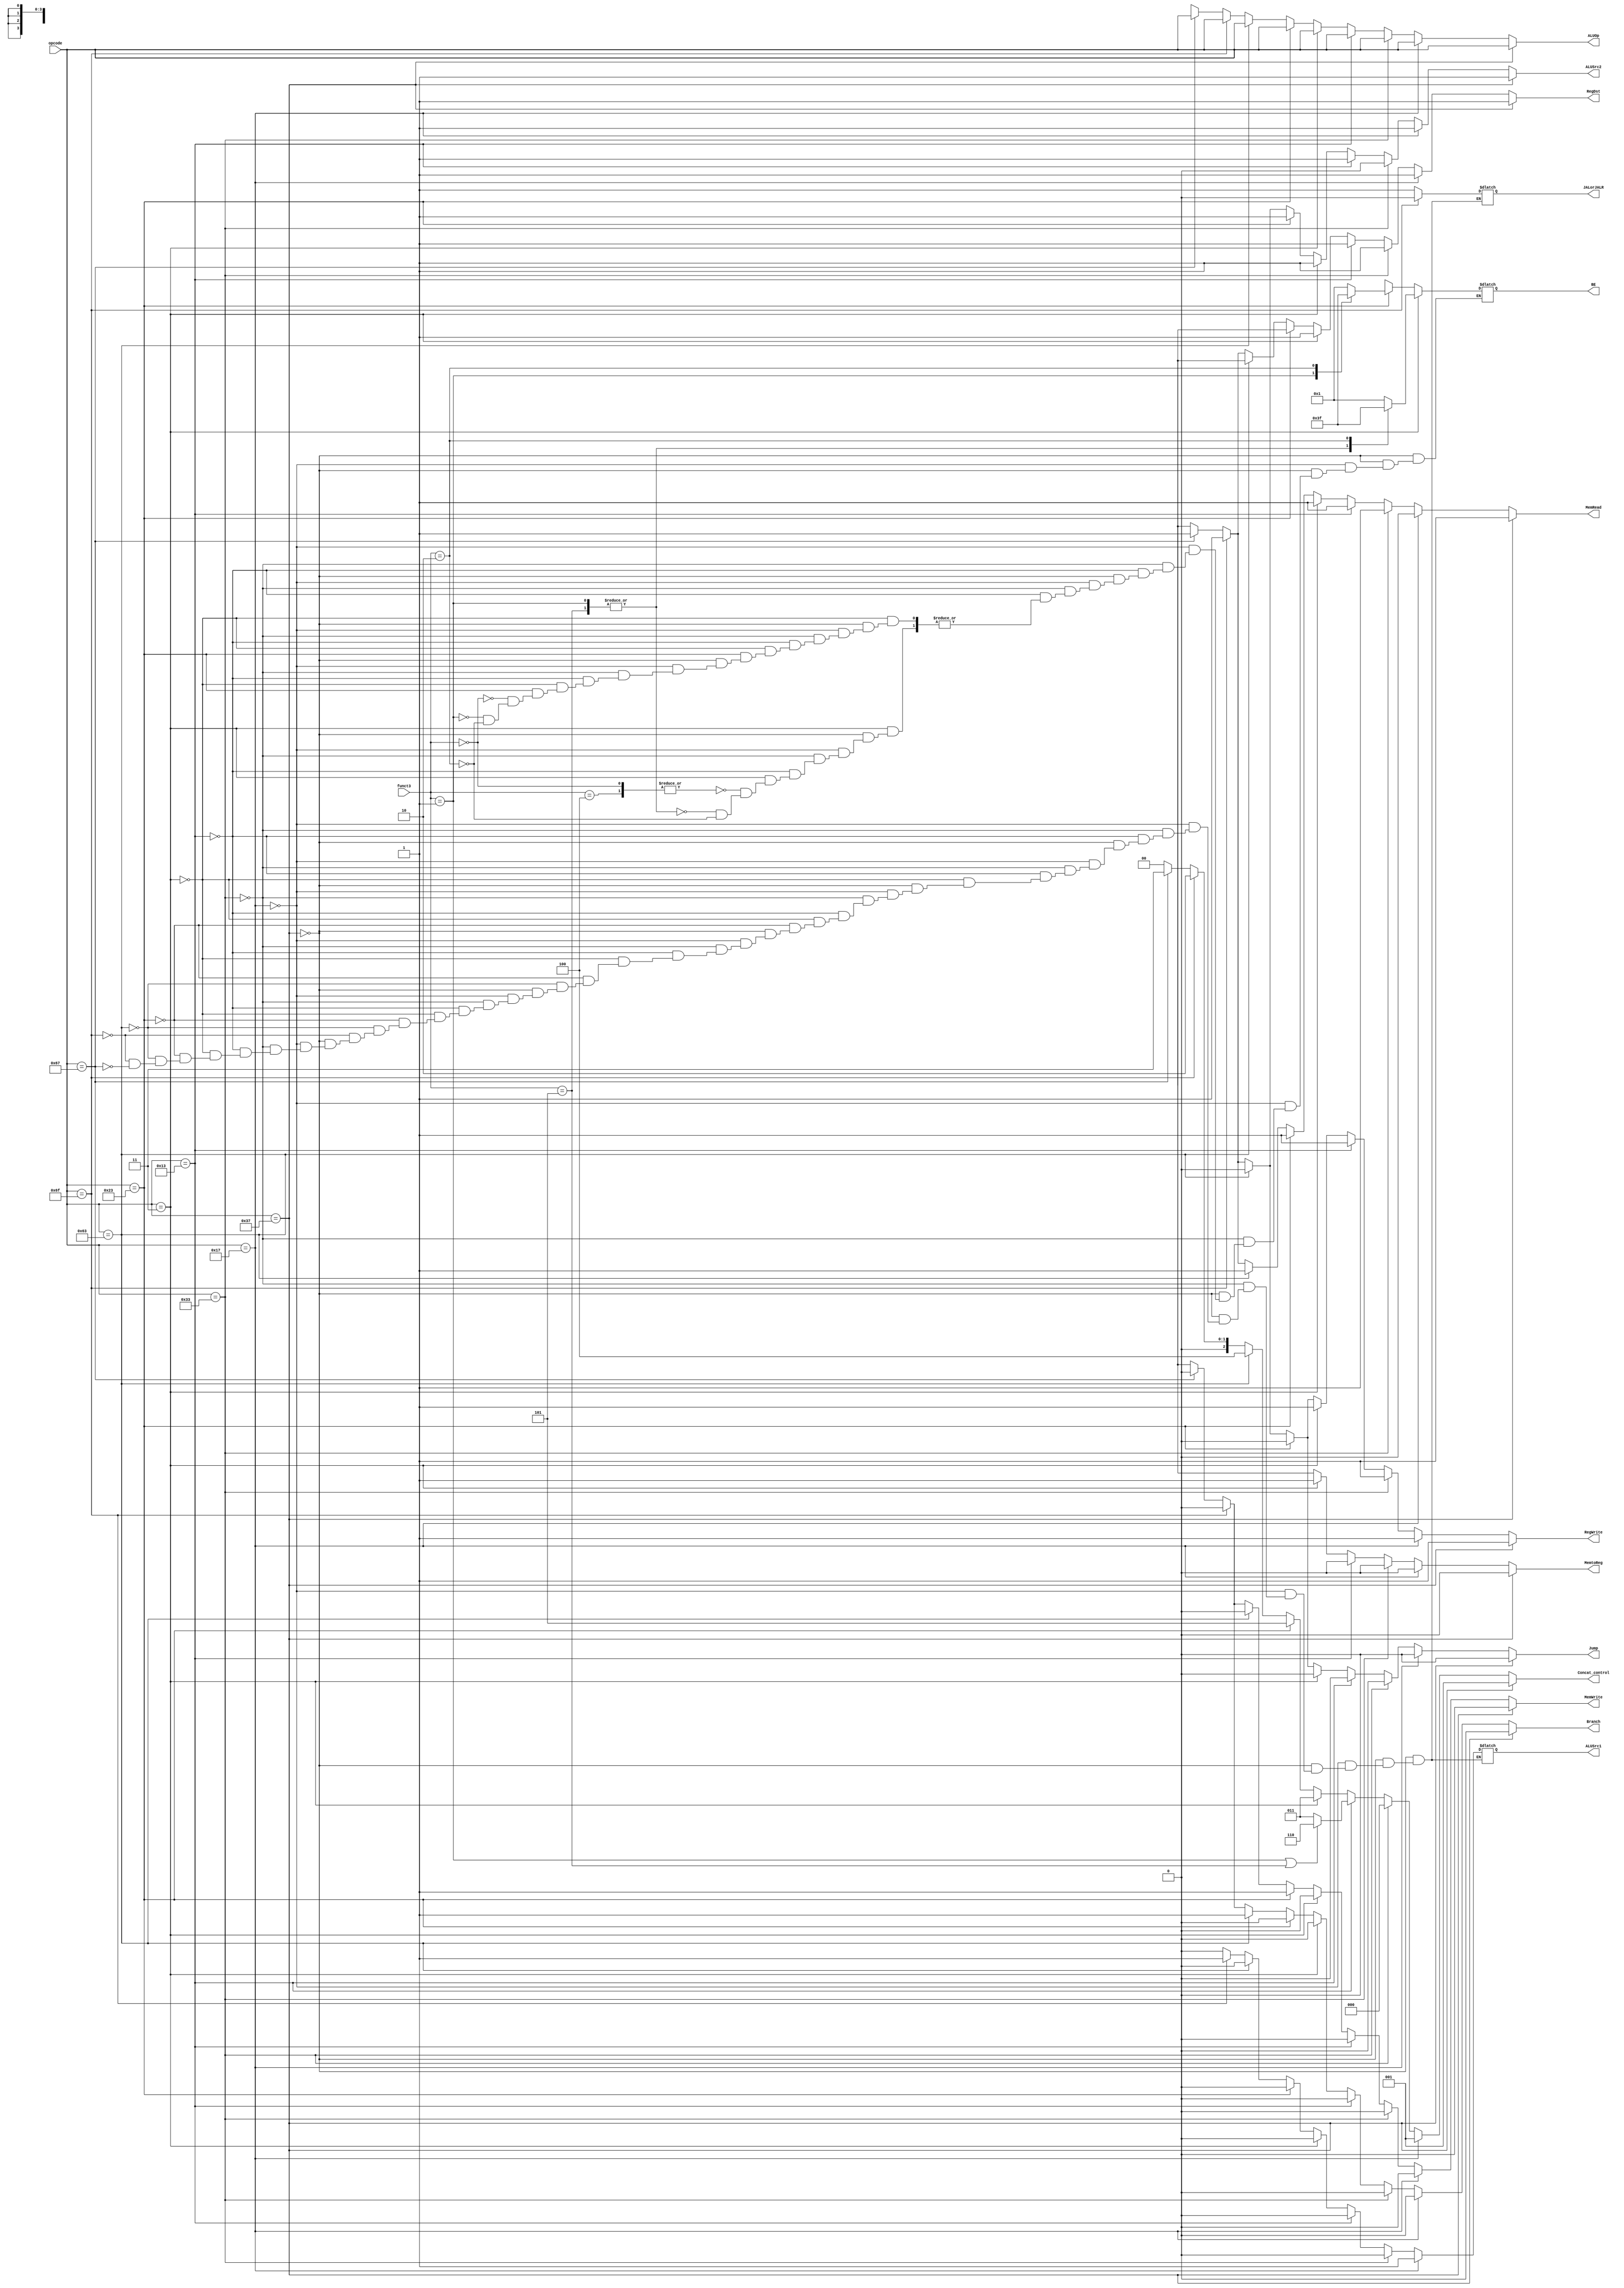
module Control (
	input wire [6:0] opcode,
	input wire [2:0] funct3,

	output reg RegDst,
	output reg Jump,
	output reg Branch,
	output reg MemRead, // always set to 1
	output reg MemtoReg,
	output reg [6:0] ALUOp,
	output reg MemWrite,
	output reg ALUSrc1,
	output reg ALUSrc2,
	output reg RegWrite,
	output reg JALorJALR,
	output reg [3:0] BE,
	output reg [2:0] Concat_control
	);

	always @(*) begin
		if (opcode == 7'b0110111) begin // isLUI
			RegDst=1;
			Jump=0;
			Branch=0;
			MemRead=1;
			MemtoReg=0;
			ALUOp=opcode;
			MemWrite=0;
			ALUSrc1=1'bx;
			ALUSrc2=1;
			RegWrite=1;
			JALorJALR=1'bx;
			BE=4'bxxxx;
			Concat_control=3'b001;
		end
		else if (opcode == 7'b0010111) begin // isAUIPC
			RegDst=1;
			Jump=0;
			Branch=0;
			MemRead=0;
			MemtoReg=0;
			ALUOp=opcode;
			MemWrite=0;
			ALUSrc1=1;
			ALUSrc2=1;
			RegWrite=1;
			JALorJALR=1'bx;
			BE=4'bxxxx;
			Concat_control=3'b001;
		end
		else if (opcode == 7'b0110011) begin // isRtype
			RegDst=1;
			Jump=0;
			Branch=0;
			MemRead=1;
			MemtoReg=0;
			ALUOp=opcode;
			MemWrite=0;
			ALUSrc1=0;
			ALUSrc2=0;
			RegWrite=1;
			JALorJALR=1'bx;
			BE=4'bxxxx;
			Concat_control=3'b000;
		end
		else if (opcode == 7'b0010011) begin // isItype
			RegDst=1;
			Jump=0;
			Branch=0;
			MemRead=1;
			MemtoReg=0;
			ALUOp=opcode;
			MemWrite=0;
			ALUSrc1=0;
			ALUSrc2=1;
			RegWrite=1;
			JALorJALR=1'bx;
			BE=4'bxxxx;
			if(funct3 == 3'b001 || funct3 == 3'b101) Concat_control=3'b110; // SLLI or SRLI or SRAI
			else Concat_control=3'b011;
		end
		else if (opcode == 7'b0000011) begin // isLW
			RegDst=1;
			Jump=0;
			Branch=0;
			MemRead=1; // always 1
			MemtoReg=1;
			ALUOp=opcode;
			MemWrite=0;
			ALUSrc1=0;
			ALUSrc2=1;
			RegWrite=1;
			JALorJALR=1'bx;
			case (funct3)
				3'b000, 3'b100: BE=4'b0001; // LB or LBU
				3'b001, 3'b101: BE=4'b0011; // LH or LHU
				3'b010: BE=4'b1111; // LW
				default: ; 
			endcase
			Concat_control=3'b011;
		end
		else if (opcode == 7'b0100011) begin // isSW
			RegDst=1'bx; // don't care
			Jump=0;
			Branch=0;
			MemRead=1;
			MemtoReg=1'bx;
			ALUOp=opcode;
			MemWrite=1;
			ALUSrc1=0;
			ALUSrc2=1;
			RegWrite=0;
			JALorJALR=1'bx;
			case (funct3)
				3'b000: BE=4'b0001; // SB
				3'b001: BE=4'b0011; // SH
				3'b010: BE=4'b1111; // SW
				default: ; 
			endcase
			Concat_control=3'b101;
		end
		else if (opcode == 7'b1100011) begin // isBranch
			RegDst=1'bx;
			Jump=0;
			Branch=1;
			MemRead=1;
			MemtoReg=1'bx;
			ALUOp=opcode;
			MemWrite=0;
			ALUSrc1=0;
			ALUSrc2=0;
			RegWrite=0;
			JALorJALR=1'bx;
			BE=4'bxxxx;
			Concat_control=3'b100;
		end
		else if (opcode == 7'b1101111) begin // isJAL
			RegDst=1;
			Jump=1;
			Branch=0;
			MemRead=1;
			MemtoReg=1'bx;
			ALUOp=opcode;
			MemWrite=0;
			ALUSrc1=1;
			ALUSrc2=1;
			RegWrite=1;
			JALorJALR=0;
			BE=4'bxxxx;
			Concat_control=3'b010;
		end
		else if (opcode == 7'b1100111) begin // isJALR
			RegDst=1;
			Jump=1;
			Branch=0;
			MemRead=1;
			MemtoReg=1'bx;
			ALUOp=opcode;
			MemWrite=0;
			ALUSrc1=0;
			ALUSrc2=1;
			RegWrite=1;
			JALorJALR=1;
			BE=4'bxxxx;
			Concat_control=3'b011;
		end
		else begin // when opcode does not belong to any case
			RegDst=1'bx;
			Jump=1'bx;
			Branch=1'bx;
			MemRead=1'bx;
			MemtoReg=1'bx;
			ALUOp=7'bxxxxxxx;
			MemWrite=1'bx;
			ALUSrc2=1'bx;
			RegWrite=1'bx;
			BE=4'bxxxx;
			Concat_control=3'b000;
		end
	end
endmodule